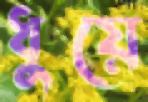
ধুয়ে